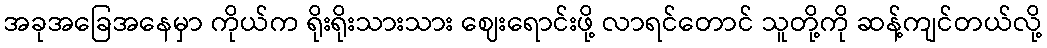
အခုအခြေအနေမှာ ကိုယ်က ရိုးရိုးသားသား ဈေးရောင်းဖို့ လာရင်တောင် သူတို့ကို ဆန့်ကျင်တယ်လို့